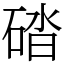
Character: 䂿